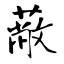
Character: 蔽